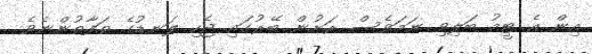
އިން އެ ޓީމު ބަލިވި ނަމަވެސް ރަށުން ބޭރުގައި ޖެހި ލަނޑުގެ ތަފާތުންނެވެ.